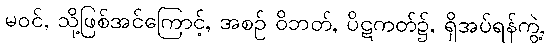
မဝင်, သို့ဖြစ်အင်ကြောင့်, အစဉ် ဝိဘတ်, ပိဋကတ်၌, ရှိအပ်ရန်ကွဲ့,